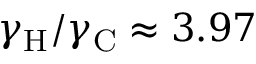
\gamma _ { \mathrm { H } } / \gamma _ { \mathrm { C } } \approx 3 . 9 7